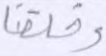
وخلقنا